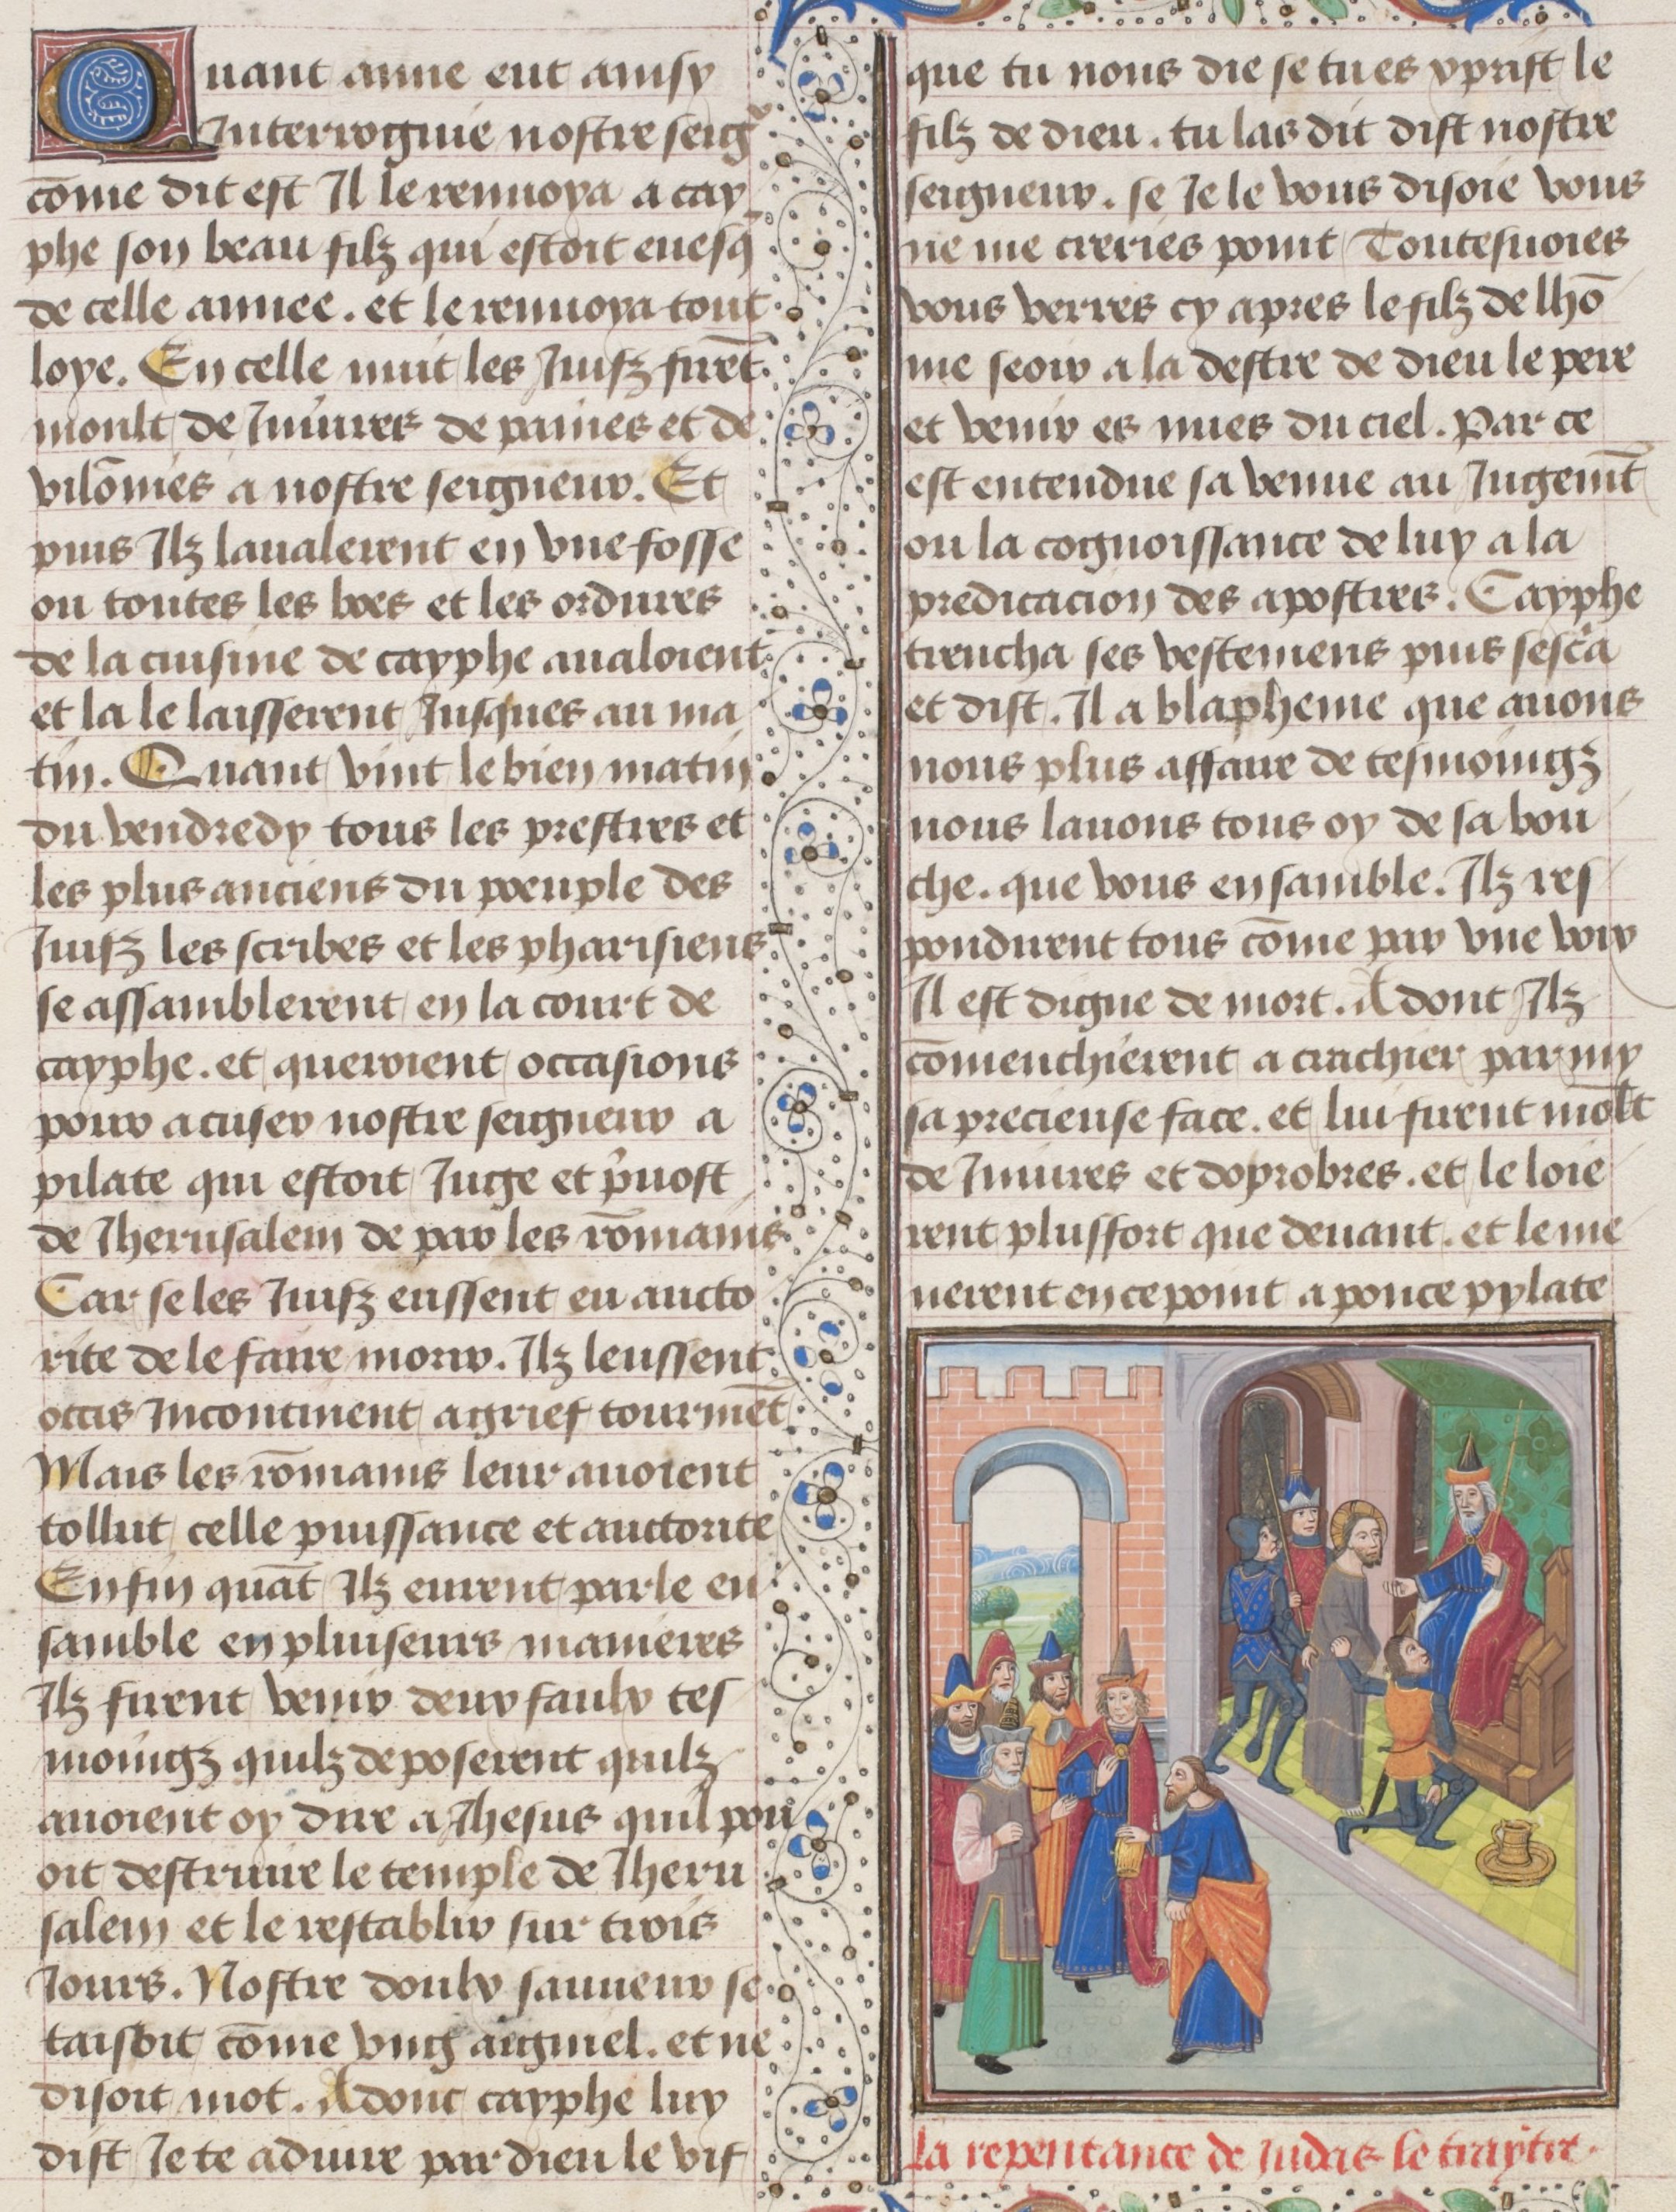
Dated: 1475–1485